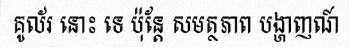
គូល័រ នោះ ទេ ប៉ុន្តែ សមត្ថភាព បង្ហាញណ៍